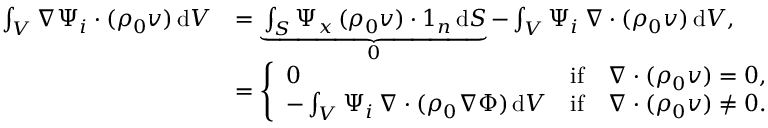
\begin{array} { r l } { \int _ { V } \nabla \Psi _ { i } \boldsymbol { \cdot } ( \rho _ { 0 } \boldsymbol { v } ) \, \mathrm { d } V } & { = \underbrace { \int _ { S } \Psi _ { x } \, ( \rho _ { 0 } \boldsymbol { v } ) \boldsymbol { \cdot } \boldsymbol { 1 } _ { n } \, \mathrm { d } S } _ { 0 } - \int _ { V } \Psi _ { i } \, \nabla \boldsymbol { \cdot } ( \rho _ { 0 } \boldsymbol { v } ) \, \mathrm { d } V , } \\ & { = \left\{ \begin{array} { l l } { 0 } & { \mathrm { i f } \quad \nabla \boldsymbol { \cdot } ( \rho _ { 0 } \boldsymbol { v } ) = 0 , } \\ { - \int _ { V } \Psi _ { i } \, \nabla \boldsymbol { \cdot } ( \rho _ { 0 } \nabla \Phi ) \, \mathrm { d } V } & { \mathrm { i f } \quad \nabla \boldsymbol { \cdot } ( \rho _ { 0 } \boldsymbol { v } ) \neq 0 . } \end{array} \right. } \end{array}